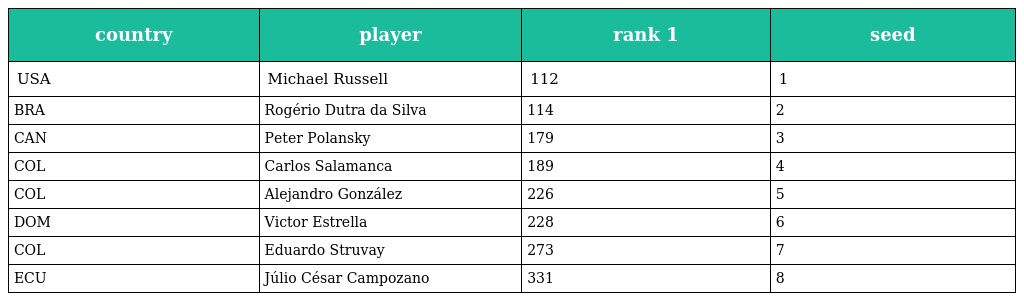
| country | player | rank 1 | seed |
 | --- | --- | --- | --- |
 | USA | Michael Russell | 112 | 1 |
 | BRA | Rogério Dutra da Silva | 114 | 2 |
 | CAN | Peter Polansky | 179 | 3 |
 | COL | Carlos Salamanca | 189 | 4 |
 | COL | Alejandro González | 226 | 5 |
 | DOM | Victor Estrella | 228 | 6 |
 | COL | Eduardo Struvay | 273 | 7 |
 | ECU | Júlio César Campozano | 331 | 8 |